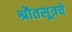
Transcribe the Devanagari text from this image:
श्रौतसूत्रचे